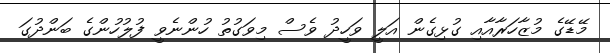
މޭޑޭގެ މުޒާހަރާއާއި ގުޅިގެން އަލީ ވަހީދު ވެސް މިވަގުތު ހުންނެވީ ފުލުހުންގެ ބަންދުގަ